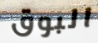
البوق